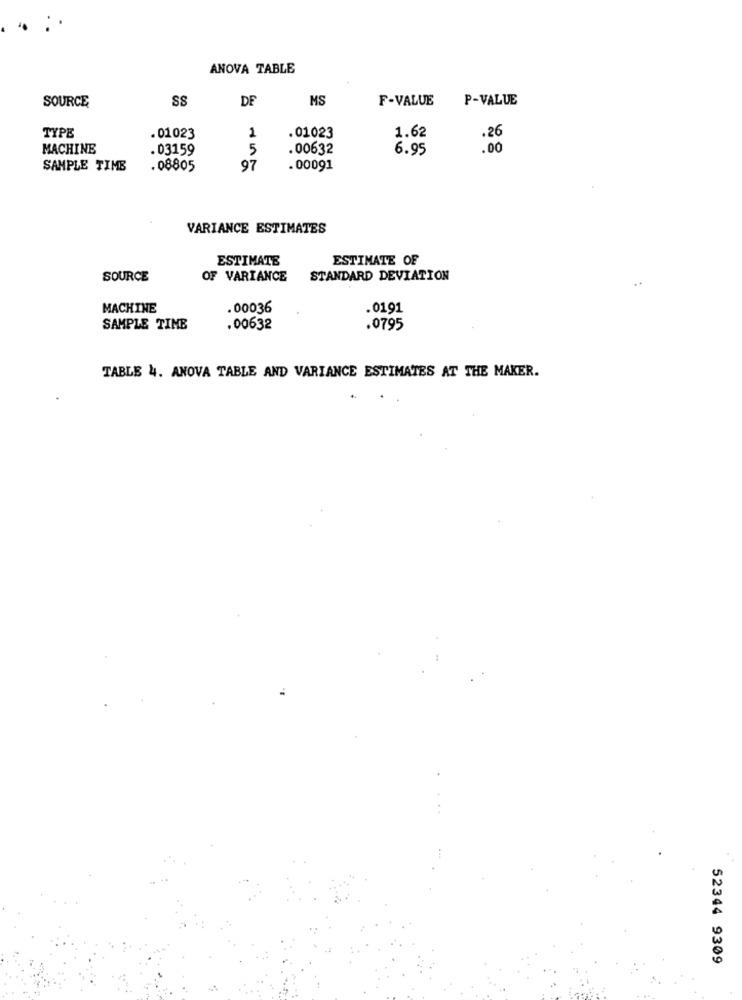
ANOVA TABLE
SS
DE
MS
F-VALUE
P-VALUE
SOURCE
1
01023
TYPE
. 01023
1.62
.26
MACHINE
03159
5
.00632
6.95
.00
SAMPLE TIME
.08805
97
. 00091
VARIANCE ESTIMATES
ESTIMATE
ESTIMATE OF
SOURCE
OF VARIANCE
STANDARD DEVIATION
MACHINE
.00036
.0191
SAMPLE TIME
.00632
.0795
TABLE 4. ANOVA TABLE AND VARIANCE ESTIMATES AT THE MAKER.
52344 9309